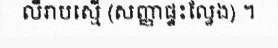
លឺរាបស្មើ (សញ្ញាផ្ទះល្វែង) ។